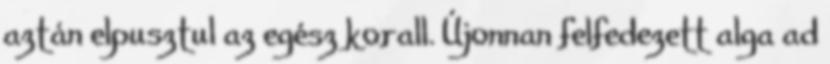
aztán elpusztul az egész korall. Újonnan felfedezett alga ad